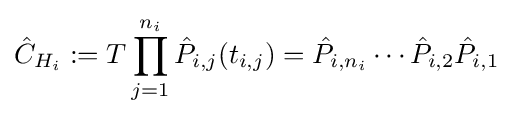
{\hat {C}}_{H_{i}}:=T\prod _{j=1}^{n_{i}}{\hat {P}}_{i,j}(t_{i,j})={\hat {P}}_{i,n_{i}}\cdots {\hat {P}}_{i,2}{\hat {P}}_{i,1}